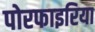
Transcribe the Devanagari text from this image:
पोरफाइरिया